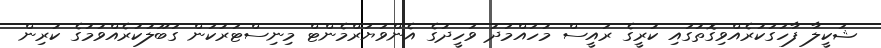
ޝަކީލާ ފާހަގަކުރެއްވިގޮތުގައި ކުރީގެ ރައީސް މުހައްމަދު ވަހީދުގެ އެންވަޔަރްމެންޓް މިނިސްޓަރުކަން ގަބޫލުކުރެއްވުމުގެ ކުރިން